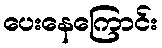
ပေးနေကြောင်း